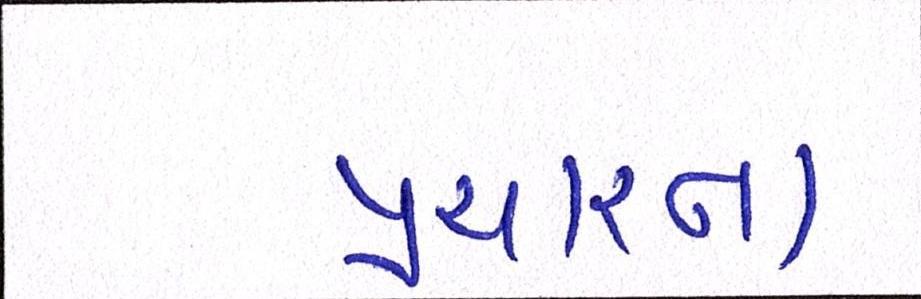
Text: પ્રચારના